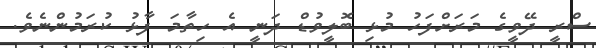
ސްރީ ދޭވީގެ މަރަށްފަހު މުޅި ބޮލީވުޑް ދަނީ އެ ހިތާމަ ފާޅު ކުރަމުންނެވެ.